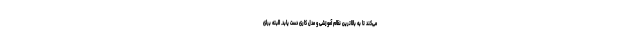
می‌کند تا به بالاترین نظام آموزشی و مدل کاری دست یابد. البته برای